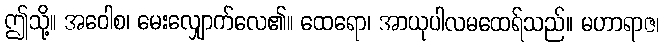
ဤသို့။ အဝေါစ၊ မေးလျှောက်လေ၏။ ထေရော၊ အာယုပါလမထေရ်သည်။ မဟာရာဇ၊